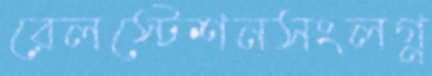
রেলস্টেশনসংলগ্ন